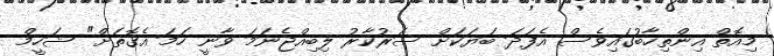
މިއޮތް އިންތިހާބުގައިވެސް އެފަދަ ބަޔަކަށް ސަރުކާރު ލިބިއްޖެނަމަ ވާނީ ހަމަ އެގޮތަށް" ޝަހީމް